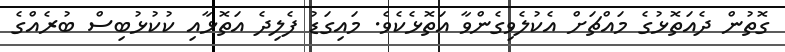
ގޮތުން ދެއަތޮޅުގެ މައްޗަށް އެކުލެވިގެންވާ އަތޮޅެކެވެ. މައިގަޑު ފެލިދެ އަތޮޅާއި ކުކުޅުބިސް ބުރެއްގެ